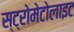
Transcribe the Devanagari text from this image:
स्ट्रोमेटोलाइट